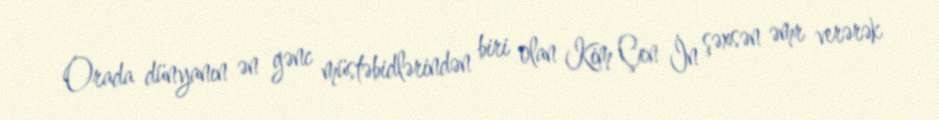
Orada dünyanın ən gənc müstəbidlərindən biri olan Kim Çen İn şəxsən əmr verərək